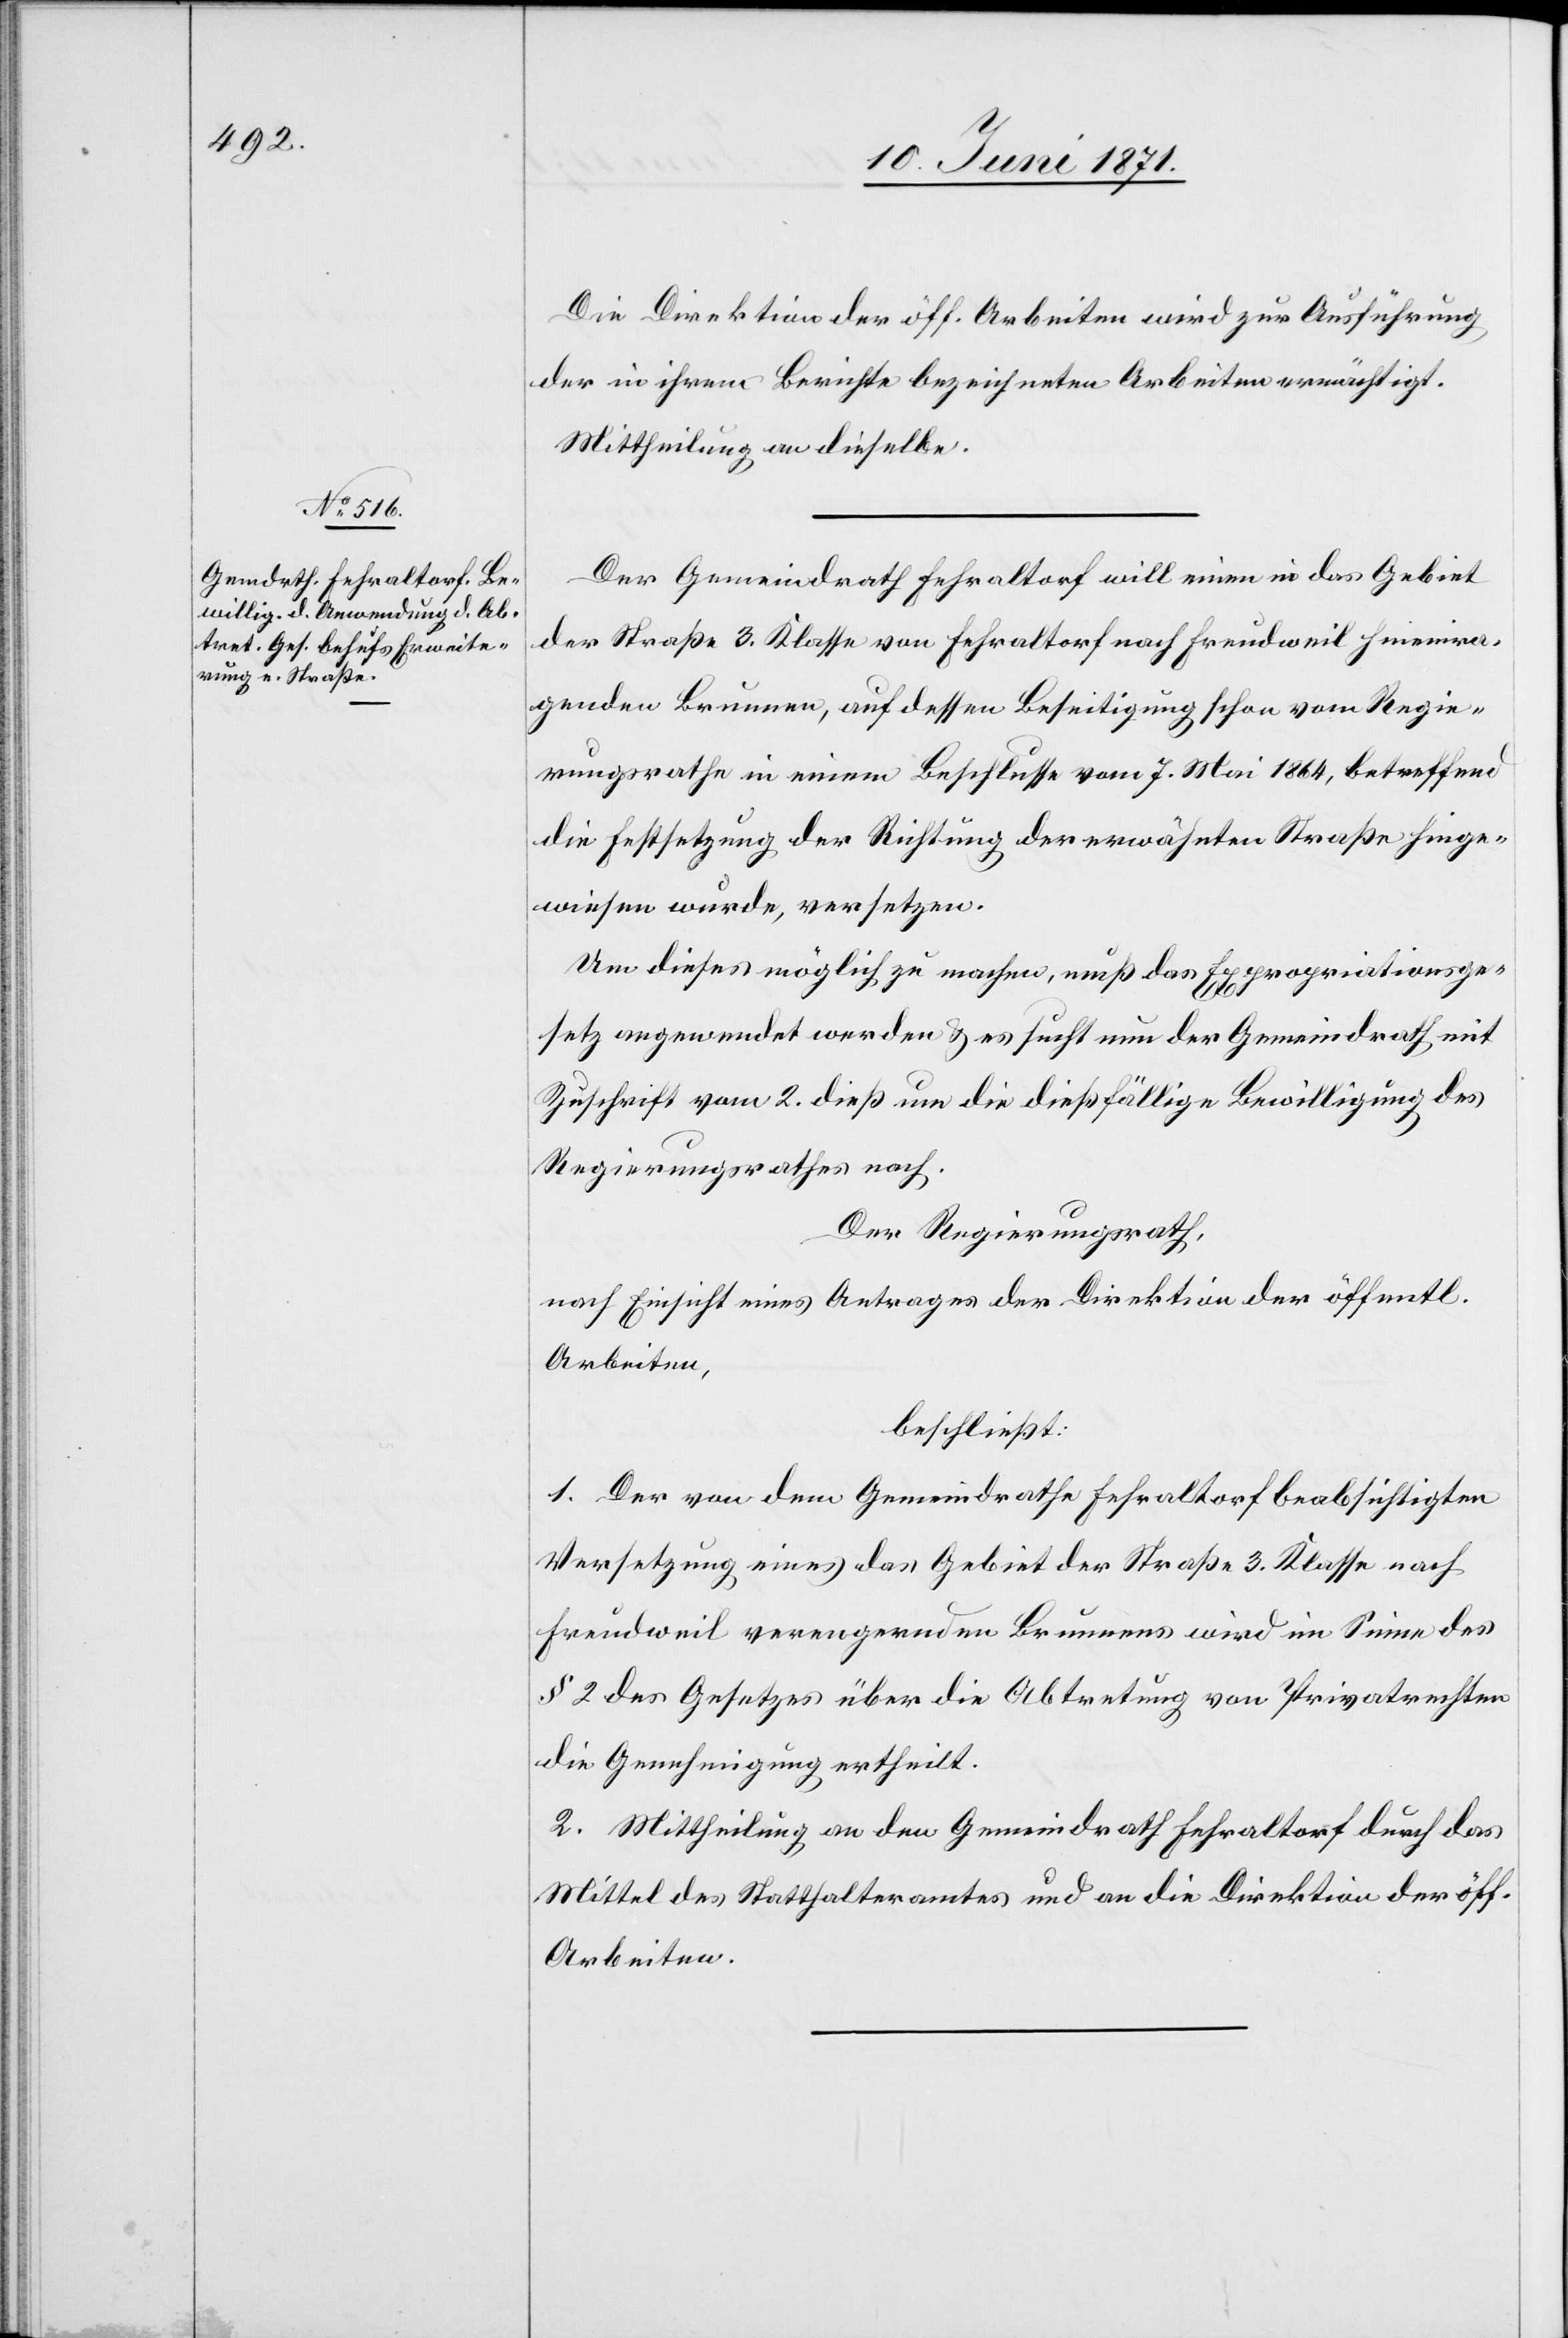
Die Direktion der öff. Arbeiten wird zur Ausführung
der in ihrem Berichte bezeichneten Arbeiten ermächtigt.
Mittheilung an dieselbe.
Der Gemeindrath Fehraltorf will einen in das Gebiet
der Straße 3. Klasse von Fehraltorf nach Freudweil hineinra¬
genden Brunnen, auf dessen Beseitigung schon vom Regie¬
rungsrathe in einem Beschlusse vom 7. Mai 1864, betreffend
die Festsetzung der Richtung der erwähnten Straße hinge¬
wiesen wurde, versetzen.
Um dieses möglich zu machen, muß das Expropriationsge¬
setz angewendet werden u. es sucht nun der Gemeindrath mit
Zuschrift vom 2. dieß um die dießfällige Bewilligung des
Regierungsrathes nach.
Der Regierungsrath,
nach Einsicht eines Antrages der Direktion der öffentl.
Arbeiten,
beschließt:
1. Der von dem Gemeindrath Fehraltorf beabsichtigten
Versetzung eines das Gebiet der Straße 3. Klasse nach
Freudweil verengenden Brunnens wird im Sinne des
§ 2 des Gesetzes über die Abtretung von Privatrechten
die Genehmigung ertheilt.
2. Mittheilung an den Gemeindrath Fehraltorf durch das
Mittel des Statthalteramtes und an die Direktion der öff.
Arbeiten.